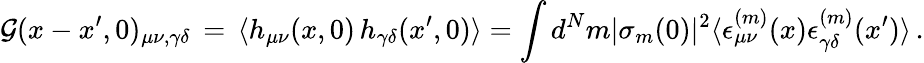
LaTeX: {\cal G}(x-x^{\prime},0)_{\mu\nu,\gamma\delta}\, =\, \langle h_{\mu\nu}(x,0)\, h_{\gamma\delta}(x^{\prime},0)\rangle=\int d^{N}m|\sigma_{m}(0)|^{2}\langle\epsilon_{\mu\nu}^{(m)}(x)\epsilon_{\gamma\delta}^{(m)}(x^{\prime})\rangle\, .